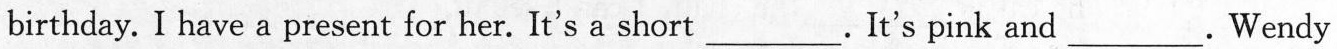
birthday. I have a present for her. It's a short___. It's pink and___.Wendy